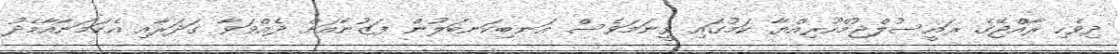
ދިވެހި ރާއްޖޭގެ ރައީސުލްޖުމްހޫރިއްޔާ ކަމުގައި ވީނަމަވެސް އަނބިކަނބަލުން ފަޒުނާއަށް ދެއްވަވާ ގަދަރާއި އެކަމަނާއާމެދު